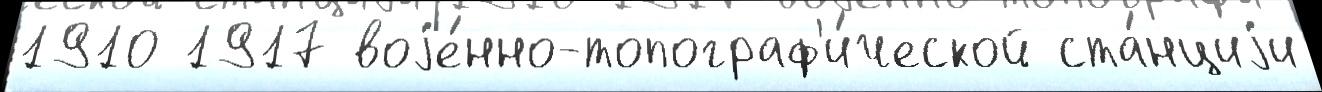
1910 1917 воjе́нно-топограф'и́ческой ста́нциjи